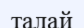
талай